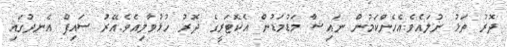
ދޮރު ތަޅު ނުލައެވެ.އެހެންކަމުން ނައިޝާ މަޑުމަޑުން އެކޮޓަރީގެ ދޮރު ހުޅުވާލިއެވެ.އޭރު ސައިފް އެނދުގައި